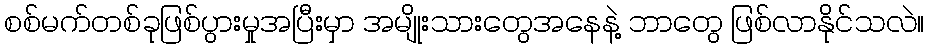
စစ်မက်တစ်ခုဖြစ်ပွားမှုအပြီးမှာ အမျိုးသားတွေအနေနဲ့ ဘာတွေ ဖြစ်လာနိုင်သလဲ။